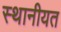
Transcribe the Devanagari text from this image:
स्थानीयत